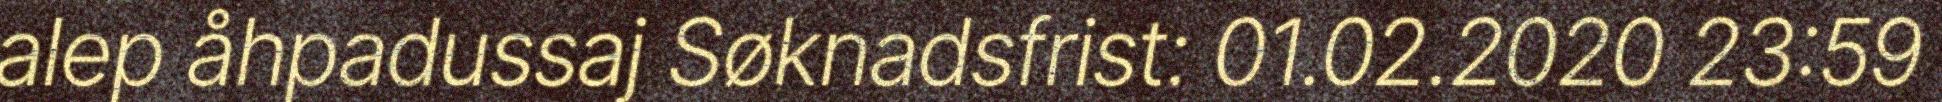
alep åhpadussaj Søknadsfrist: 01.02.2020 23:59